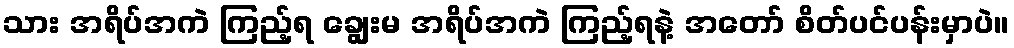
သား အရိပ်အကဲ ကြည့်ရ ချွေးမ အရိပ်အကဲ ကြည့်ရနဲ့ အတော် စိတ်ပင်ပန်းမှာပဲ။